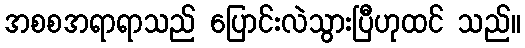
အစစအရာရာသည် ပြောင်းလဲသွားပြီဟုထင် သည်။